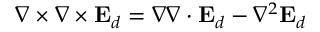
\nabla \times \nabla \times \mathbf { E } _ { d } = \nabla \nabla \cdot \mathbf { E } _ { d } - \nabla ^ { 2 } \mathbf { E } _ { d }